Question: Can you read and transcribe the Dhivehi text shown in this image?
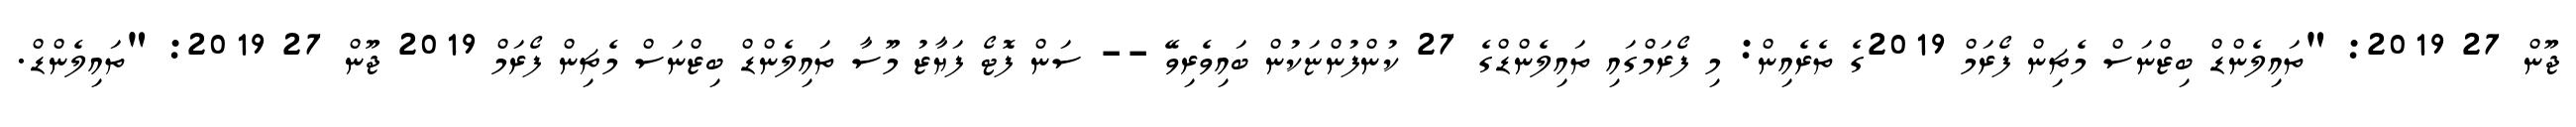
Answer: ޖޫން 27 2019: "ތައިލެންޑް ބިޒްނަސް މެޗިން ފޯރަމް 2019ގެ ތެރެއިން: މި ފޯރަމްގައި ތައިލެންޑްގެ 27 ކުންފުންޏަކުން ބައިވެރިވޭ -- ސަން ފޮޓޯ ފަޔާޒު މޫސާ ތައިލެންޑް ބިޒްނަސް މެޗިން ފޯރަމް 2019 ޖޫން 27 2019: "ތައިލެންޑް.